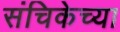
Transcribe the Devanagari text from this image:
संचिकेच्या